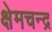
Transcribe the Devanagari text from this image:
क्षेमचन्‍द्र